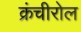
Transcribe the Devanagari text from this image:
क्रंचीरोल